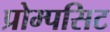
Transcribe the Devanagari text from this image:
प्रोम्पसिट